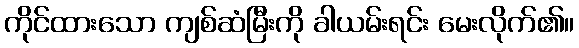
ကိုင်ထားသော ကျစ်ဆံမြီးကို ခါယမ်းရင်း မေးလိုက်၏။